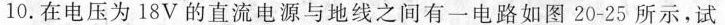
10.在电压为18V的直流电源与地线之间有一电路如图20-25所示，试